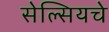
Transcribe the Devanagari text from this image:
सेल्सियचे